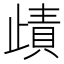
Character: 歵